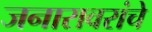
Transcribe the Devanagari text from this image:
जनारावरांचे